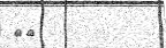
١٢